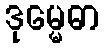
ဒုမ္မေဓာ